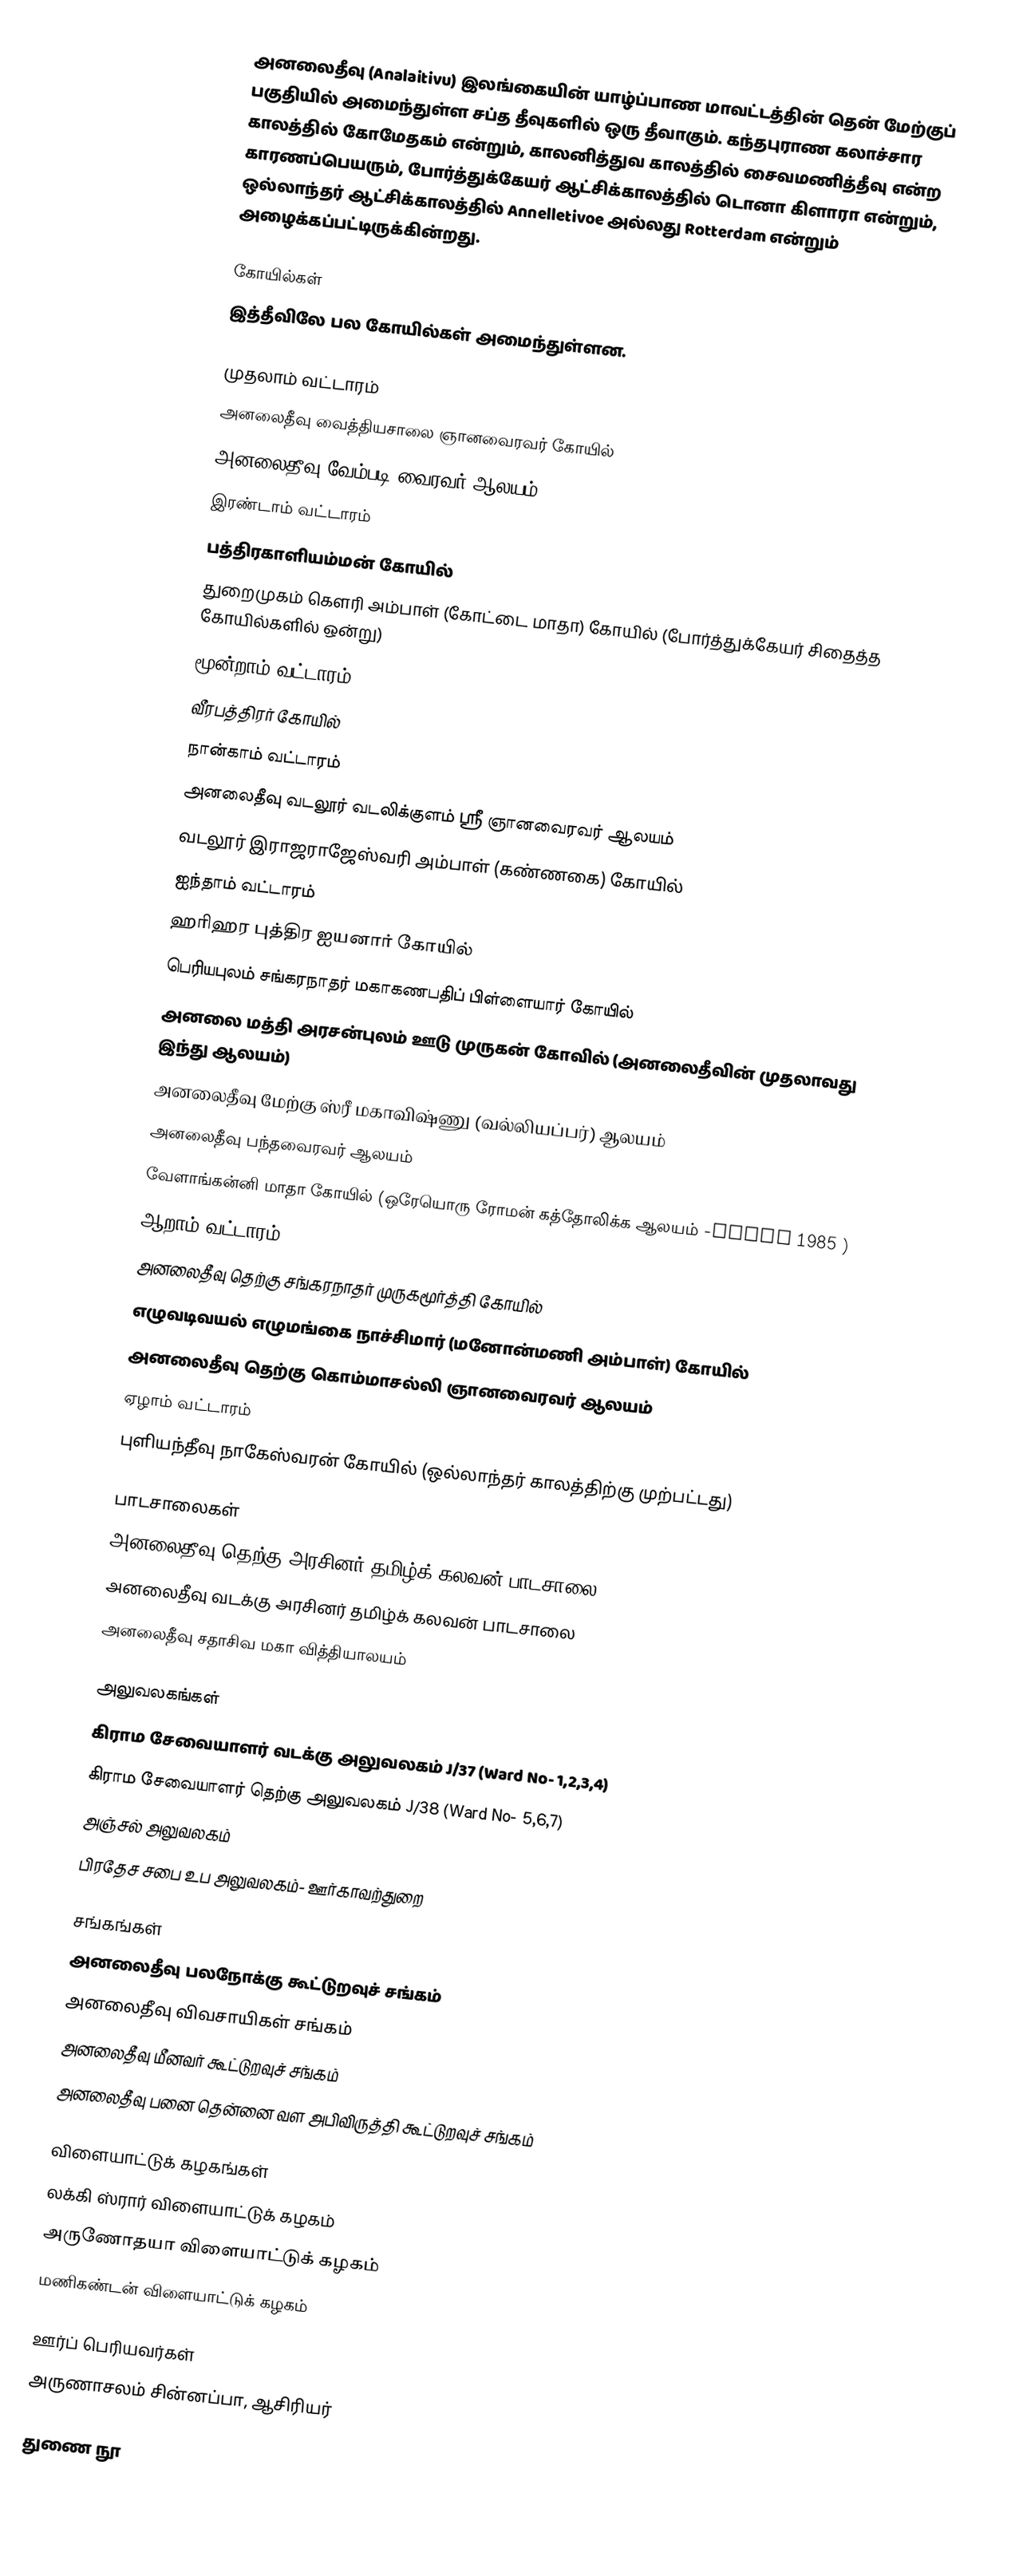
அனலைதீவு (Analaitivu) இலங்கையின் யாழ்ப்பாண மாவட்டத்தின் தென் மேற்குப் பகுதியில் அமைந்துள்ள சப்த தீவுகளில் ஒரு தீவாகும். கந்தபுராண கலாச்சார காலத்தில் கோமேதகம் என்றும், காலனித்துவ காலத்தில் சைவமணித்தீவு என்ற காரணப்பெயரும், போர்த்துக்கேயர் ஆட்சிக்காலத்தில் டொனா கிளாரா என்றும், ஒல்லாந்தர் ஆட்சிக்காலத்தில் Annelletivoe அல்லது Rotterdam என்றும் அழைக்கப்பட்டிருக்கின்றது.

கோயில்கள்
இத்தீவிலே பல கோயில்கள் அமைந்துள்ளன.

முதலாம் வட்டாரம்
அனலைதீவு வைத்தியசாலை ஞானவைரவர் கோயில்
 அனலைதீவு வேம்படி வைரவர் ஆலயம்
இரண்டாம் வட்டாரம்
பத்திரகாளியம்மன் கோயில்
துறைமுகம் கௌரி அம்பாள் (கோட்டை மாதா) கோயில் (போர்த்துக்கேயர் சிதைத்த கோயில்களில் ஒன்று)
மூன்றாம் வட்டாரம்
வீரபத்திரர் கோயில்
நான்காம் வட்டாரம்
அனலைதீவு வடலூர்  வடலிக்குளம் ஸ்ரீ ஞானவைரவர்  ஆலயம் 
வடலூர் இராஜராஜேஸ்வரி அம்பாள் (கண்ணகை) கோயில்
ஐந்தாம் வட்டாரம்
ஹரிஹர புத்திர ஐயனார் கோயில்
பெரியபுலம் சங்கரநாதர் மகாகணபதிப் பிள்ளையார் கோயில்
அனலை மத்தி அரசன்புலம் ஊடு முருகன் கோவில் (அனலைதீவின் முதலாவது இந்து ஆலயம்)
அனலைதீவு மேற்கு ஸ்ரீ மகாவிஷ்ணு (வல்லியப்பர்) ஆலயம்
அனலைதீவு பந்தவைரவர் ஆலயம்
வேளாங்கன்னி மாதா கோயில் (ஒரேயொரு ரோமன் கத்தோலிக்க ஆலயம் -after 1985 )
ஆறாம் வட்டாரம்
அனலைதீவு தெற்கு சங்கரநாதர் முருகமூர்த்தி கோயில்
எழுவடிவயல் எழுமங்கை நாச்சிமார் (மனோன்மணி அம்பாள்) கோயில்
அனலைதீவு தெற்கு கொம்மாசல்லி ஞானவைரவர் ஆலயம்
 ஏழாம் வட்டாரம்
புளியந்தீவு நாகேஸ்வரன் கோயில் (ஒல்லாந்தர் காலத்திற்கு முற்பட்டது)

பாடசாலைகள்
அனலைதீவு தெற்கு அரசினர் தமிழ்க் கலவன் பாடசாலை
அனலைதீவு வடக்கு அரசினர் தமிழ்க் கலவன் பாடசாலை
அனலைதீவு சதாசிவ மகா வித்தியாலயம்

அலுவலகங்கள்
கிராம சேவையாளர் வடக்கு அலுவலகம் J/37 (Ward No- 1,2,3,4)
கிராம சேவையாளர் தெற்கு அலுவலகம் J/38 (Ward No- 5,6,7)
அஞ்சல் அலுவலகம்
பிரதேச சபை உப அலுவலகம்- ஊர்காவற்துறை

சங்கங்கள்
அனலைதீவு பலநோக்கு கூட்டுறவுச் சங்கம்
அனலைதீவு விவசாயிகள் சங்கம்
அனலைதீவு மீனவர் கூட்டுறவுச் சங்கம்
அனலைதீவு பனை தென்னை வள அபிவிருத்தி கூட்டுறவுச் சங்கம்

விளையாட்டுக் கழகங்கள்
லக்கி ஸ்ரார் விளையாட்டுக் கழகம்
அருணோதயா விளையாட்டுக் கழகம்
மணிகண்டன் விளையாட்டுக் கழகம்

ஊர்ப் பெரியவர்கள்
அருணாசலம் சின்னப்பா, ஆசிரியர்

துணை நூ